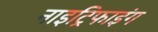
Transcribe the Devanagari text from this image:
नाइट्रिफाइंग